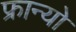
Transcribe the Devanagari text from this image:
फ्रान्यो